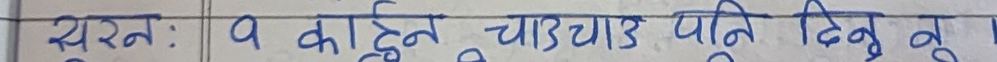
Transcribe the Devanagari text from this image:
सुरज: १ काईन चाउचाउ पनि दिनु बु ।